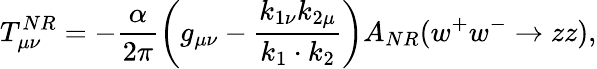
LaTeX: T_{\mu\nu}^{NR}=-\frac{\alpha}{2\pi}\left(g_{\mu\nu}-\frac{k_{1\nu}k_{2\mu}}{k_{1}\cdot k_{2}}\right)A_{NR}(w^{+}w^{-}\rightarrow zz),